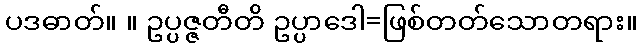
ပဒဓာတ်။ ။ ဥပ္ပဇ္ဇတီတိ ဥပ္ပာဒေါ=ဖြစ်တတ်သောတရား။